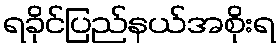
ရခိုင်ပြည်နယ်အစိုးရ